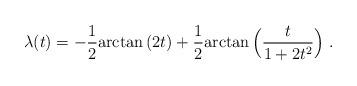
LaTeX: \begin{align*}\lambda(t)=-\frac{1}{2}{\rm arctan}\, (2t)+\frac{1}{2}{\rm arctan}\,\Big(\frac{t}{1+2t^2}\Big) \ .\end{align*}